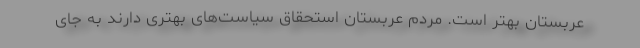
عربستان بهتر است. مردم عربستان استحقاق سیاست‌های بهتری دارند به جای